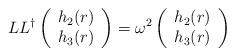
LaTeX: \begin{align*}LL^\dagger \left( \begin{array}{c}h_2(r)\\ h_3(r) \end{array} \right)= \omega^2\left( \begin{array}{c}h_2(r)\\ h_3(r) \end{array} \right)\end{align*}